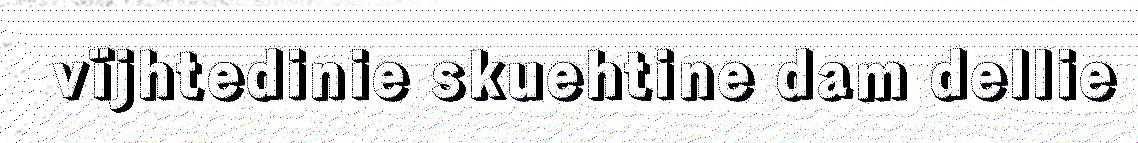
vïjhtedinie skuehtine dam dellie